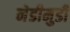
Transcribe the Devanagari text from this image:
नेडीमुडी